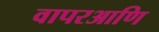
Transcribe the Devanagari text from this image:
वापरआणि